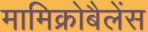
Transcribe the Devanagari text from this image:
मामिक्रोबैलेंस